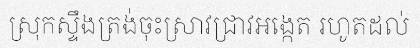
ស្រុកស្ទឹងត្រង់ចុះស្រាវជ្រាវអង្កេត រហូតដល់